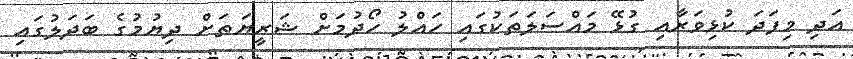
އަދި މިފަދަ ކުޅިވަރާއި ގުޅޭ މައްސަލަތަކުގައި ހައްލު ހޯދުމަށް ޝަރީޔަތަށް ދިޔުމުގެ ބަދަލުގައި